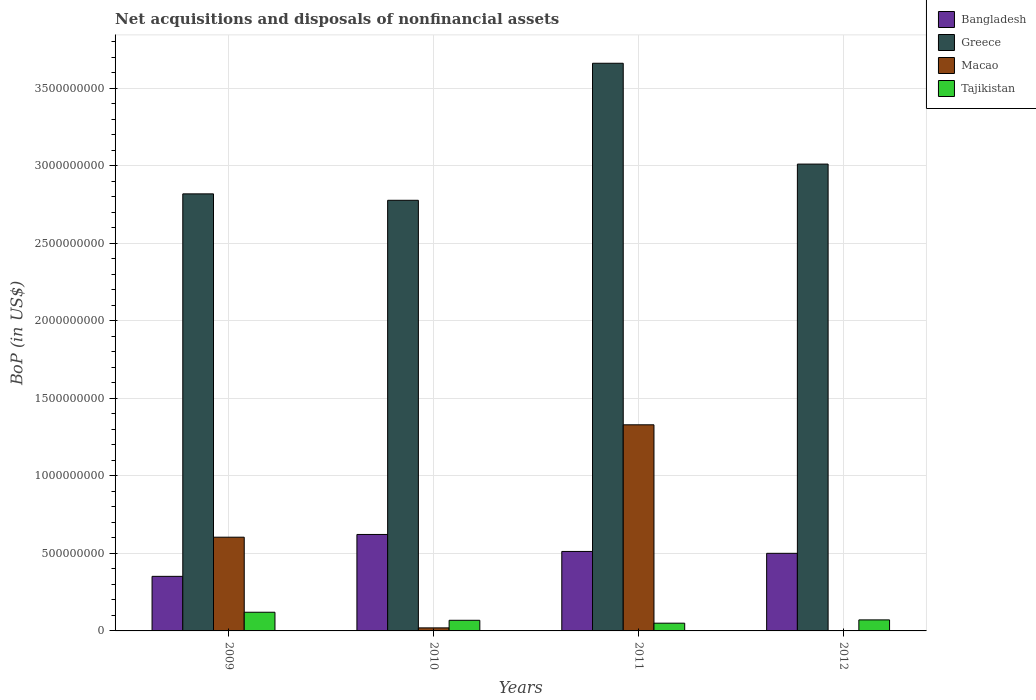
| Years | Bangladesh | Greece | Macao | Tajikistan |
 | --- | --- | --- | --- | --- |
 | 2009 | 3.52e+08 | 2.82e+09 | 6.04e+08 | 1.2e+08 |
 | 2010 | 6.22e+08 | 2.78e+09 | 1.96e+07 | 6.85e+07 |
 | 2011 | 5.12e+08 | 3.66e+09 | 1.33e+09 | 4.99e+07 |
 | 2012 | 5e+08 | 3.01e+09 | -2.84e+05 | 7.11e+07 |